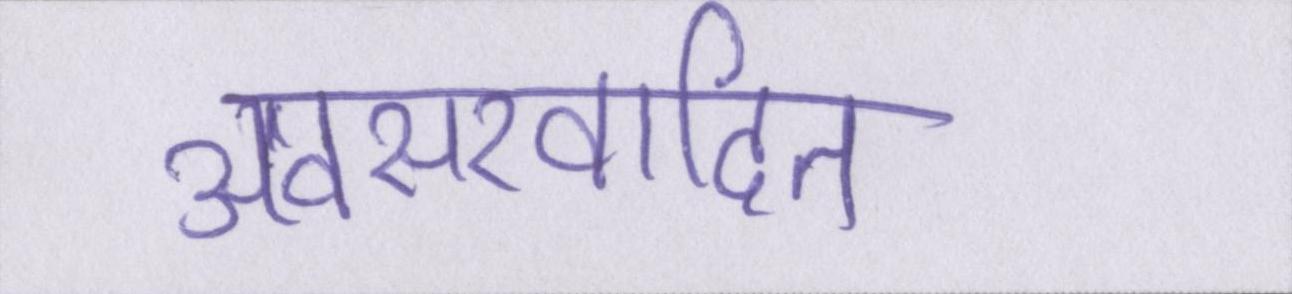
अवसरवादित